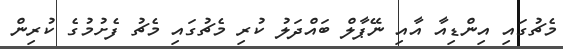
މެޗުގައި އިންޑިއާ އާއި ނޭޕާލް ބައްދަލު ކުރި މެޗުގައި މެޗު ފެށުމުގެ ކުރިން